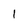
Character: 1